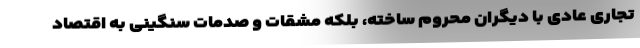
تجاری عادی با دیگران محروم ساخته، بلکه مشقات و صدمات سنگینی به اقتصاد